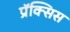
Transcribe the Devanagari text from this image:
प्रॅक्सिस